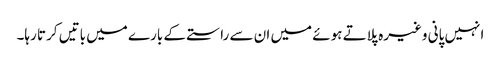
انہیں پانی وغیرہ پلاتے ہوئے میں ان سے راستے کے بارے میں باتیں کرتا رہا۔